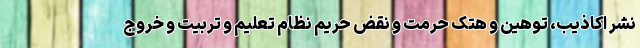
نشر اکاذیب، توهین و هتک حرمت و نقض حریم نظام تعلیم و تربیت و خروج